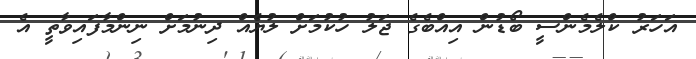
އަހަރު ކްލެމެންސީ ބޯޑުން އިއްބެގެ ޖަލު ހުކުމަށް ލުޔެއް ދިނުމަށް ނިންމާފައިވާތީ އެ